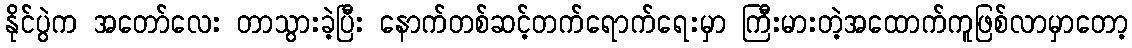
နိုင်ပွဲက အတော်လေး တာသွားခဲ့ပြီး နောက်တစ်ဆင့်တက်ရောက်ရေးမှာ ကြီးမားတဲ့အထောက်ကူဖြစ်လာမှာတော့